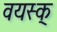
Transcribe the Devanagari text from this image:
वयस्क्